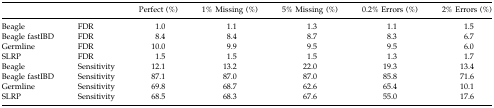
<table><thead><tr><td></td><td></td><td><b>Perfect (%)</b></td><td><b>1% Missing (%)</b></td><td><b>5% Missing (%)</b></td><td><b>0.2% Errors (%)</b></td><td><b>2% Errors (%)</b></td></tr></thead><tbody><tr><td>Beagle</td><td>FDR</td><td>1.0</td><td>1.1</td><td>1.3</td><td>1.1</td><td>1.5</td></tr><tr><td>Beagle fastIBD</td><td>FDR</td><td>8.4</td><td>8.4</td><td>8.7</td><td>8.3</td><td>6.7</td></tr><tr><td>Germline</td><td>FDR</td><td>10.0</td><td>9.9</td><td>9.5</td><td>9.5</td><td>6.0</td></tr><tr><td>SLRP</td><td>FDR</td><td>1.5</td><td>1.5</td><td>1.5</td><td>1.3</td><td>1.7</td></tr><tr><td>Beagle</td><td>Sensitivity</td><td>12.1</td><td>13.2</td><td>22.0</td><td>19.3</td><td>13.4</td></tr><tr><td>Beagle fastIBD</td><td>Sensitivity</td><td>87.1</td><td>87.0</td><td>87.0</td><td>85.8</td><td>71.6</td></tr><tr><td>Germline</td><td>Sensitivity</td><td>69.8</td><td>68.7</td><td>62.6</td><td>65.4</td><td>10.1</td></tr><tr><td>SLRP</td><td>Sensitivity</td><td>68.5</td><td>68.3</td><td>67.6</td><td>55.0</td><td>17.6</td></tr></tbody></table>